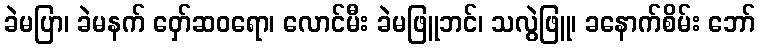
ခဲမပြာ၊ ခဲမနက် ဝှော်ဆဝရော၊ လောင်မီး ခဲမဖြူဘင်၊ သလွဲဖြူ၊ ခနောက်စိမ်း ဘော်